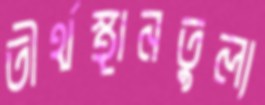
তীর্থস্থানতুল্য